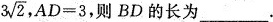
3 \sqrt{2}$$，$$A D = 3$$，则BD的长为___。